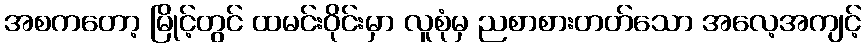
အစကတော့ မြိုင့်တွင် ထမင်းဝိုင်းမှာ လူစုံမှ ညစာစားတတ်သော အလေ့အကျင့်